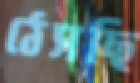
ঠেসছি